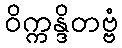
ဝိက္ကန္ဒိတဗ္ဗံ